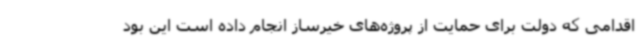
اقدامی که دولت برای حمایت از پروژه‌های خیرساز انجام داده است این بود